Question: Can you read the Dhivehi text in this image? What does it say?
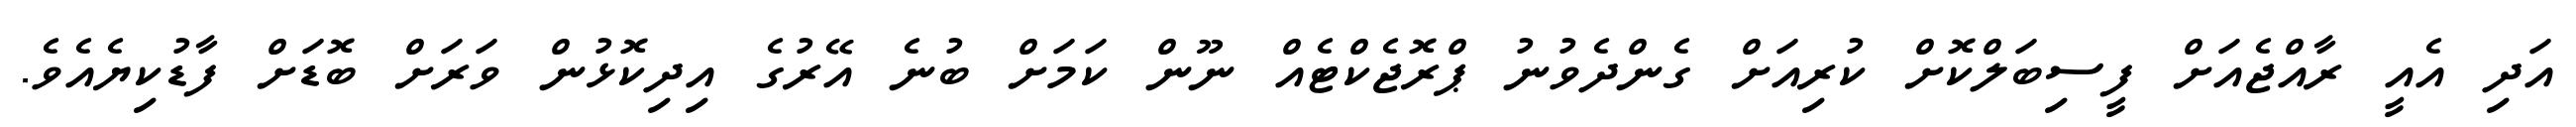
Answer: އަދި އެއީ ރާއްޖެއަށް ފީސިބަލްކޮށް ކުރިއަށް ގެންދެވުނު ޕްރޮޖެކްޓެއް ނޫން ކަމަށް ބުނެ އޭރުގެ އިދިކޮޅުން ވަރަށް ބޮޑަށް ފާޑުކިޔެއެވެ.